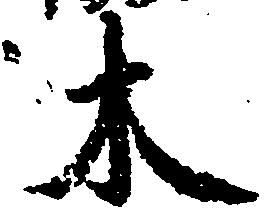
木